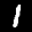
Label: 1